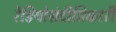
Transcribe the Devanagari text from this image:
रेडियोसंदीप्तिकारी